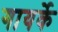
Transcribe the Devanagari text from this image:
गायर्के